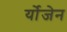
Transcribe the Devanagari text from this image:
र्योजेन